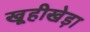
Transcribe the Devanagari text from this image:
खूहीखेड़ा